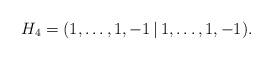
LaTeX: \begin{align*}H_4=(1,\dots,1, -1 \,|\, 1,\dots,1, -1 ).\end{align*}